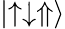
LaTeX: \left|\uparrow\downarrow\Uparrow\right\rangle